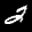
Label: 2